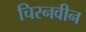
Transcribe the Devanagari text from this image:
चिरनवीन